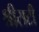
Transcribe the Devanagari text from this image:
श्रीसटी